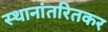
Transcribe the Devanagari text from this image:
स्थानांतरितकर